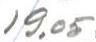
19,05